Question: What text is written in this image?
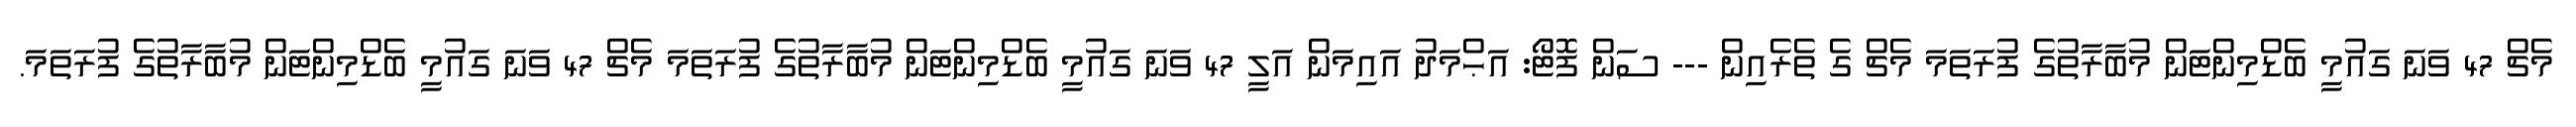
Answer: މެޗް 47 ވަނަ ގައުމީ ބެޑްމިންޓަން މުބާރާތުގެ ފުރަތަމަ މެޗް ގެ ތެރެއިން --- ސަން ފޮޓޯ: އަޙްމަދު އައިމަން އަލީ 47 ވަނަ ގައުމީ ބެޑްމިންޓަން މުބާރާތުގެ ފުރަތަމަ މެޗް 47 ވަނަ ގައުމީ ބެޑްމިންޓަން މުބާރާތުގެ ފުރަތަމަ.